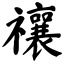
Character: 禳